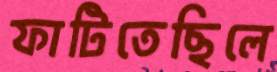
ফাটিতেছিলে